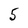
Character: 5